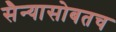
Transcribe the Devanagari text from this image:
सैन्यासोबतच